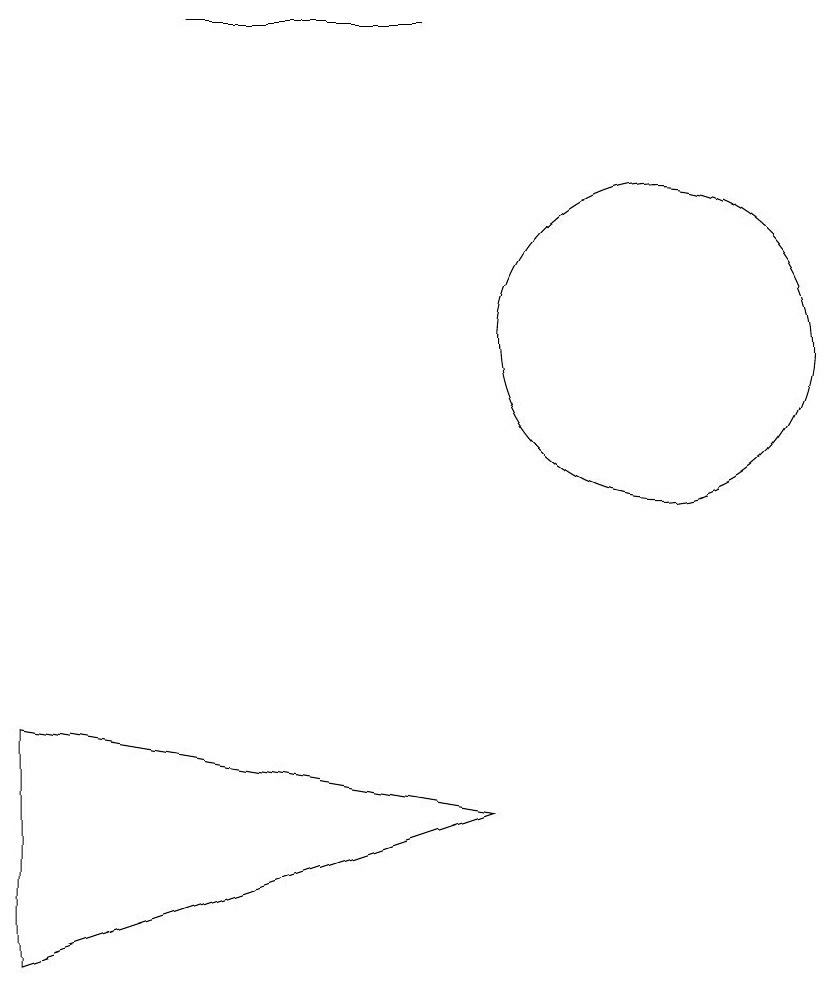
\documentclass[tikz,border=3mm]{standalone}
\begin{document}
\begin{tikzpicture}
\draw (2,6) -- (2,3) -- (8,5) -- cycle;
\draw (10,11) circle (2);
\draw (7,15) rectangle (4,15);
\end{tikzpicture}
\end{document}